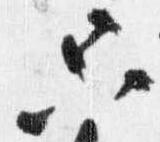
只